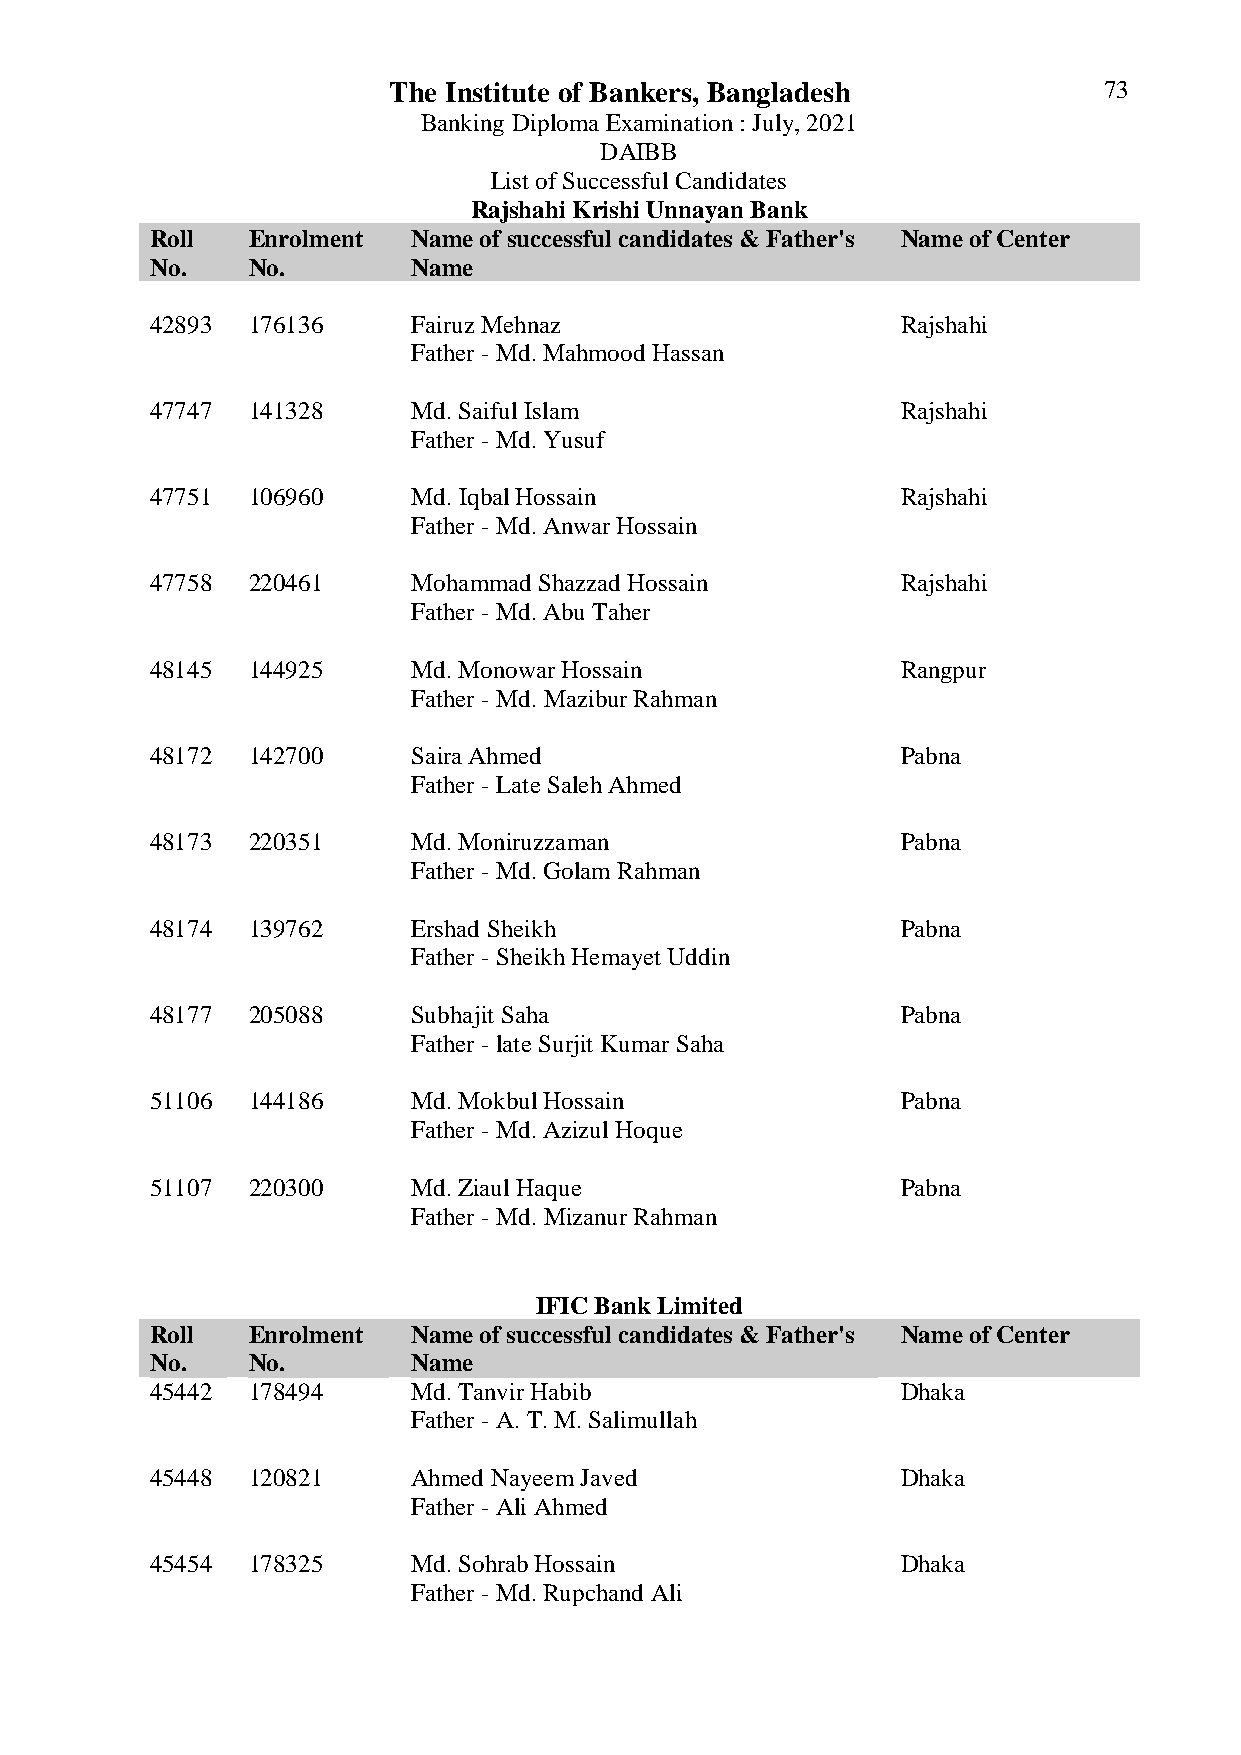
The Institute of Bankers, Bangladesh           73
 Banking Diploma Examination : July, 2021
 DAIBB
 List of Successful Candidates
 Rajshahi Krishi Unnayan Bank
 Roll  Enrolment  Name of successful candidates & Father's Name of Center
 No.   No.        Name
 42893 176136     Fairuz Mehnaz                    Rajshahi
 Father - Md. Mahmood Hassan
 47747 141328     Md. Saiful Islam                 Rajshahi
 Father - Md. Yusuf
 47751 106960     Md. Iqbal Hossain                Rajshahi
 Father - Md. Anwar Hossain
 47758 220461     Mohammad Shazzad Hossain         Rajshahi
 Father - Md. Abu Taher
 48145 144925     Md. Monowar Hossain              Rangpur
 Father - Md. Mazibur Rahman
 48172 142700     Saira Ahmed                      Pabna
 Father - Late Saleh Ahmed
 48173 220351     Md. Moniruzzaman                 Pabna
 Father - Md. Golam Rahman
 48174 139762     Ershad Sheikh                    Pabna
 Father - Sheikh Hemayet Uddin
 48177 205088     Subhajit Saha                    Pabna
 Father - late Surjit Kumar Saha
 51106 144186     Md. Mokbul Hossain               Pabna
 Father - Md. Azizul Hoque
 51107 220300     Md. Ziaul Haque                  Pabna
 Father - Md. Mizanur Rahman
 IFIC Bank Limited
 Roll  Enrolment  Name of successful candidates & Father's Name of Center
 No.   No.        Name
 45442 178494     Md. Tanvir Habib                 Dhaka
 Father - A. T. M. Salimullah
 45448 120821     Ahmed Nayeem Javed               Dhaka
 Father - Ali Ahmed
 45454 178325     Md. Sohrab Hossain               Dhaka
 Father - Md. Rupchand Ali